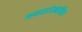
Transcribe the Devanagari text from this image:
जनसांख्यकिय